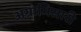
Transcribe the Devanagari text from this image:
अग्राभिसारी